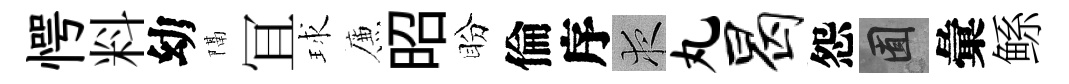
愕料幼隔冝球簾昭盼倫序夜丸曷怨囿彙鲧